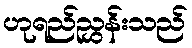
ဟုရည်ညွှန်းသည်